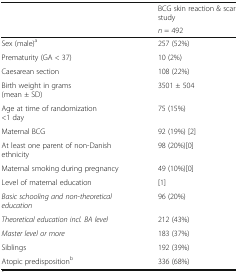
<table><thead><tr><td rowspan="2"></td><td><b>BCG skin reaction &amp; scar study</b></td></tr><tr><td><b><i>n</i> = 492</b></td></tr></thead><tbody><tr><td>Sex (male)<sup>a</sup></td><td>257 (52%)</td></tr><tr><td>Prematurity (GA &lt; 37)</td><td>10 (2%)</td></tr><tr><td>Caesarean section</td><td>108 (22%)</td></tr><tr><td>Birth weight in grams (mean ± SD)</td><td>3501 ± 504</td></tr><tr><td>Age at time of randomization &lt;1 day</td><td>75 (15%)</td></tr><tr><td>Maternal BCG</td><td>92 (19%) [2]</td></tr><tr><td>At least one parent of non-Danish ethnicity</td><td>98 (20%)[0]</td></tr><tr><td>Maternal smoking during pregnancy</td><td>49 (10%)[0]</td></tr><tr><td>Level of maternal education</td><td>[1]</td></tr><tr><td><i>Basic schooling and non-theoretical education</i></td><td>96 (20%)</td></tr><tr><td><i>Theoretical education incl. BA level</i></td><td>212 (43%)</td></tr><tr><td><i>Master level or more</i></td><td>183 (37%)</td></tr><tr><td>Siblings</td><td>192 (39%)</td></tr><tr><td>Atopic predisposition<sup>b</sup></td><td>336 (68%)</td></tr></tbody></table>